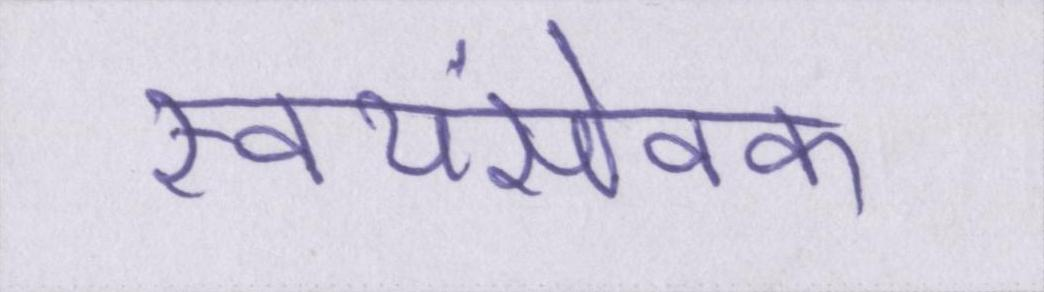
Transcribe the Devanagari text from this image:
स्वयंसेवक